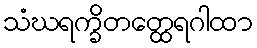
သံဃရက္ခိတတ္ထေရဂါထာ